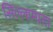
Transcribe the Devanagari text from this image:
सिल्लामाता